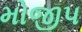
મોજીપ